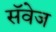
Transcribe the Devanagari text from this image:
सॅवेज